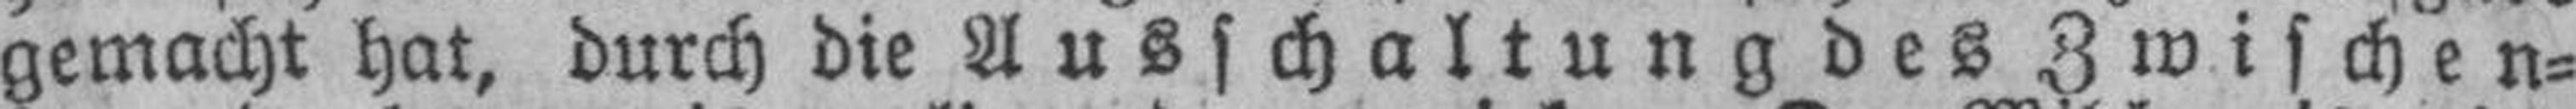
gemacht hat, durch die Ausschaltung des Zwischen¬